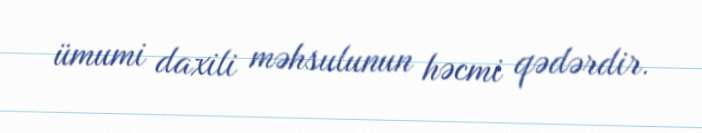
ümumi daxili məhsulunun həcmi qədərdir.